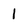
Character: 1